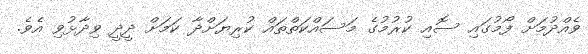
ވެއްދުމަށް ފޯމުގައި ސޮއި ކުރުމުގެ މަސައްކަތްތައް ކުރިޔަށްދާ ކަމަށް ދީދީ ވިދާޅުވި އެވެ.